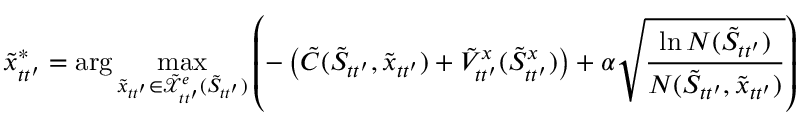
\tilde { x } _ { t t ^ { \prime } } ^ { * } = \arg \operatorname* { m a x } _ { \tilde { x } _ { t t ^ { \prime } } \in \tilde { \mathcal { X } } _ { t t ^ { \prime } } ^ { e } ( \tilde { S } _ { t t ^ { \prime } } ) } \left( - \left( \tilde { C } ( \tilde { S } _ { t t ^ { \prime } } , \tilde { x } _ { t t ^ { \prime } } ) + \tilde { V } _ { t t ^ { \prime } } ^ { x } ( \tilde { S } _ { t t ^ { \prime } } ^ { x } ) \right) + \alpha \sqrt { \frac { \ln N ( \tilde { S } _ { t t ^ { \prime } } ) } { N ( \tilde { S } _ { t t ^ { \prime } } , \tilde { x } _ { t t ^ { \prime } } ) } } \right)